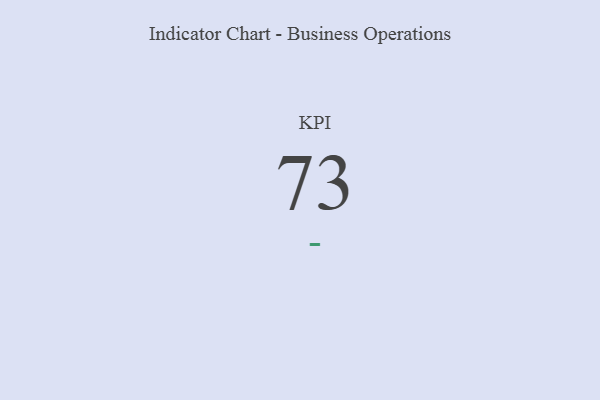
{"axis": {"x": "KPI", "y": "Value"}, "legend": [""], "data": [{"x": "KPI", "y": 73, "type": ""}]}